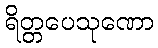
ရိတ္တပေသုဏော